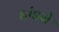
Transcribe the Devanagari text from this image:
धांडगे